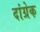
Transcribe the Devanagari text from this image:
दांग्रेक